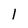
Character: l